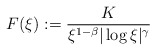
\begin{align*}F(\xi ) := \frac{K}{\xi ^{1-\beta} |\log \xi |^{\gamma}} \end{align*}